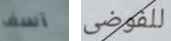
آسف للفوضى